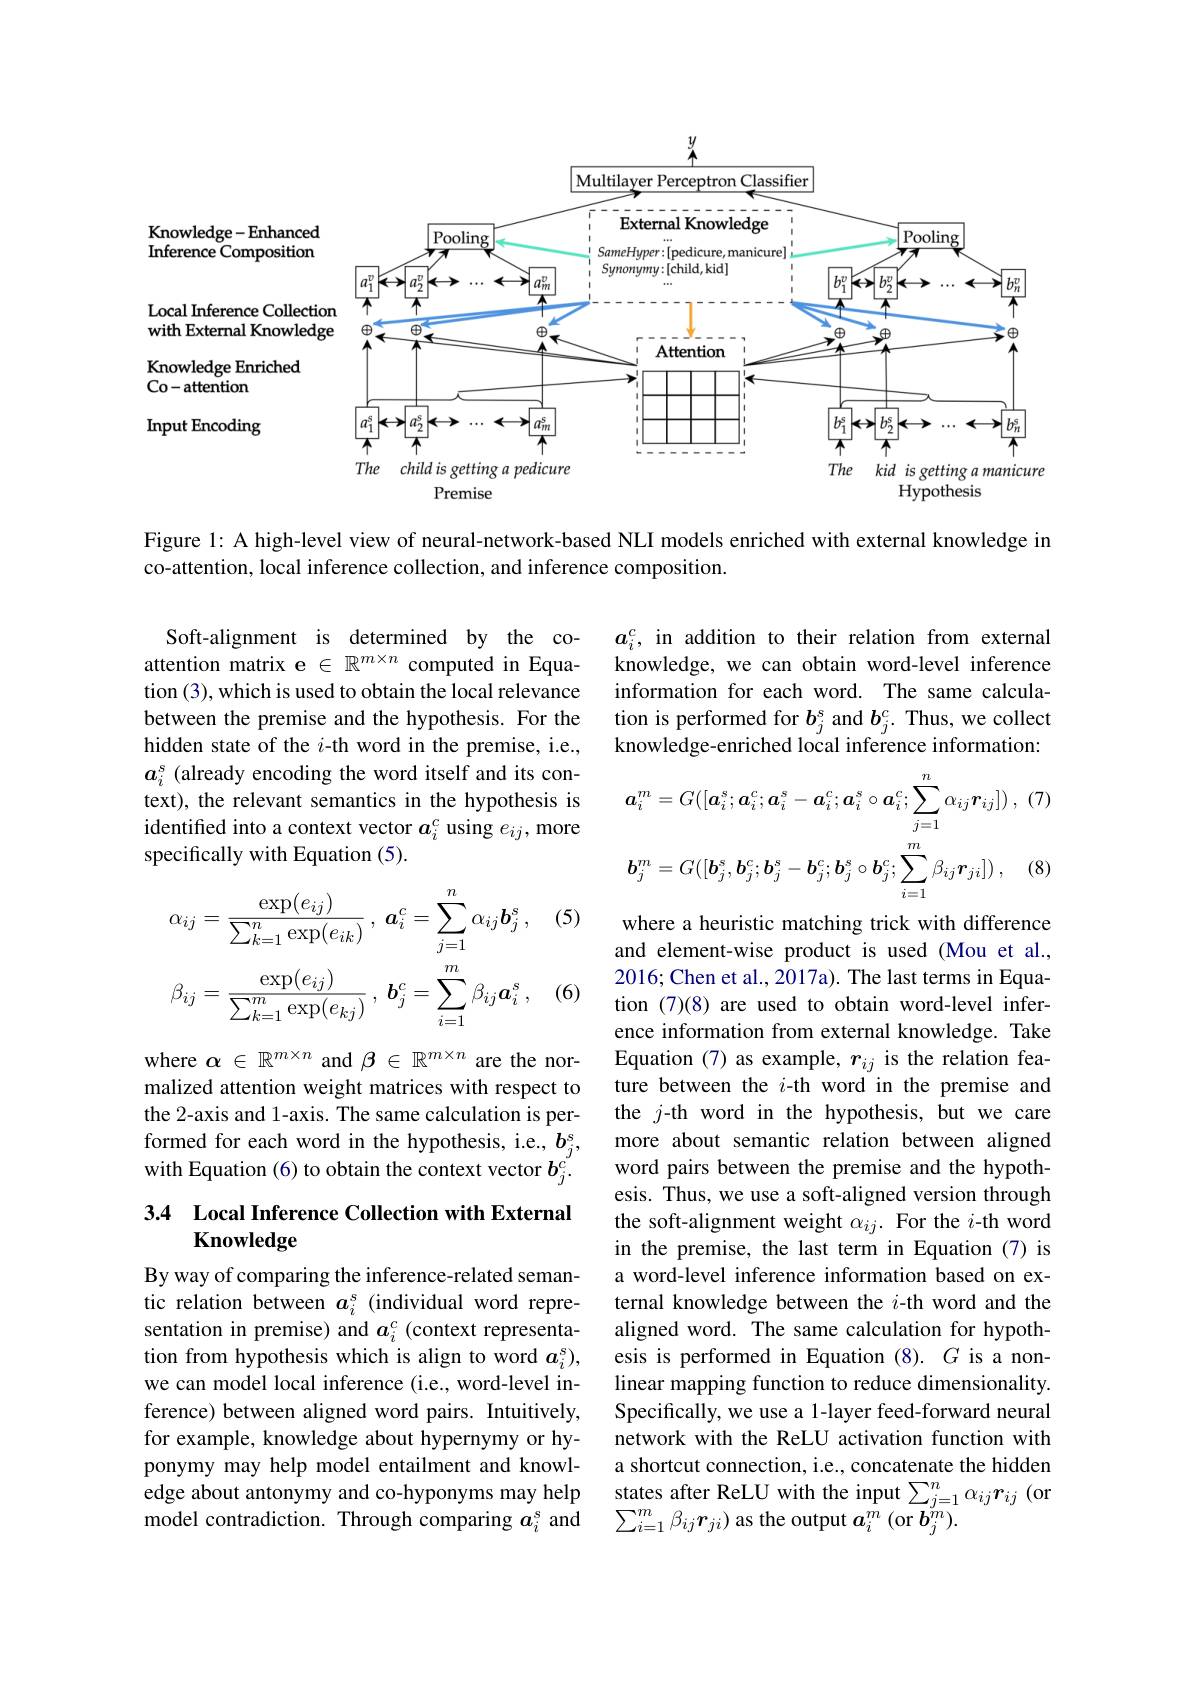
<FigureHere>

Figure 1: A high-level view of neural-network-based NLI models enriched with external knowledge in
co-attention, local inference collection, and inference composition.

$a_i^c$, in addition to their relation from external knowledge, we can obtain word-level inference information for each word. The same calculation is performed for $b_j^s$ and $b_j^c.$ Thus, we collect knowledge-enriched local inference information:

Soft-alignment is determined by the coattention matrix e $\in\mathbb{R}^{m\times n}$ computed in Equation (3), which is used to obtain the local relevance between the premise and the hypothesis. For the hidden state of the $i$-th word in the premise, i.e., $a_i^s$ (already encoding the word itself and its context), the relevant semantics in the hypothesis is identified into a context vector $a_i^c$ using $e_ij$, more specifically with Equation (5).
$$\boldsymbol{a}_{i}^{m}=G([\boldsymbol{a}_{i}^{s};\boldsymbol{a}_{i}^{c};\boldsymbol{a}_{i}^{s}-\boldsymbol{a}_{i}^{c};\boldsymbol{a}_{i}^{s}\circ\boldsymbol{a}_{i}^{c};\sum_{j=1}^{n}\alpha_{ij}\boldsymbol{r}_{ij}])\:,\:(7)\\\boldsymbol{b}_{j}^{m}=G([\boldsymbol{b}_{j}^{s},\boldsymbol{b}_{j}^{c};\boldsymbol{b}_{j}^{s}-\boldsymbol{b}_{j}^{c};\boldsymbol{b}_{j}^{s}\circ\boldsymbol{b}_{j}^{c};\sum_{i=1}^{m}\beta_{ij}\boldsymbol{r}_{ji}])\:,\quad(8)$$
(5)
$$\alpha_{ij}=\frac{\exp(e_{ij})}{\sum_{k=1}^{n}\exp(e_{ik})}\:,\:a_{i}^{c}=\sum_{j=1}^{n}\alpha_{ij}b_{j}^{s}\:,\\\beta_{ij}=\frac{\exp(e_{ij})}{\sum_{k=1}^{m}\exp(e_{kj})}\:,\:b_{j}^{c}=\sum_{i=1}^{m}\beta_{ij}a_{i}^{s}\:,$$
(6)

where $\alpha\in\mathbb{R}^m\times n$ and $\beta\in\mathbb{R}^m\times n$ are the normalized attention weight matrices with respect to the 2-axis and 1-axis. The same calculation is performed for each word in the hypothesis, i.e., $b_j^\mathrm{s}$, with Equation (6) to obtain the context vector $b_j^{c^{\prime}}.$

where a heuristic matching trick with difference and element-wise product is used (Mou et al., 2016; Chen et al., 2017a). The last terms in Equation (7)(8) are used to obtain word-level inference information from external knowledge. Take Equation (7) as example, $r_ij$ is the relation feature between the $i$-th word in the premise and the $j$-th word in the hypothesis, but we care more about semantic relation between aligned word pairs between the premise and the hypothesis. Thus, we use a soft-aligned version through the soft-alignment weight $\alpha_{ij}.$ For the $i$-th word in the premise, the last term in Equation (7) is a word-level inference information based on external knowledge between the $i$-th word and the aligned word. The same calculation for hypothesis is performed in Equation $(8).G$ is a nonlinear mapping function to reduce dimensionality. Specifically, we use a 1-layer feed-forward neural network with the ReLU activation function with a shortcut connection, i.e., concatenate the hidden states after ReLU with the input $\sum_{j=1}^n\alpha_{ij}\boldsymbol{r}_{ij}$ (or $\sum_{i=1}^{m}\beta_{ij}\boldsymbol{r}_{ji})$ as the output $a_i^m\left(\mathrm{or~}\boldsymbol{b}_j^{m}\right).$

### 3.4 Local Inference Collection with External Knowledge

By way of comparing the inference-related semantic relation between $a_i^s$ (individual word representation in premise) and $a_i^c$ (context representation from hypothesis which is align to word $a_i^s)$, we can model local inference (i.e., word-level inference) between aligned word pairs. Intuitively, for example, knowledge about hypernymy or hyponymy may help model entailment and knowledge about antonymy and co-hyponyms may help model contradiction. Through comparing $a_i^s$ and